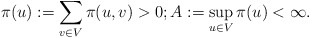
\begin{align*}\pi(u):=\sum_{v\in V}\pi(u,v)>0; A:= \sup_{u\in V}\pi(u) <\infty.\end{align*}